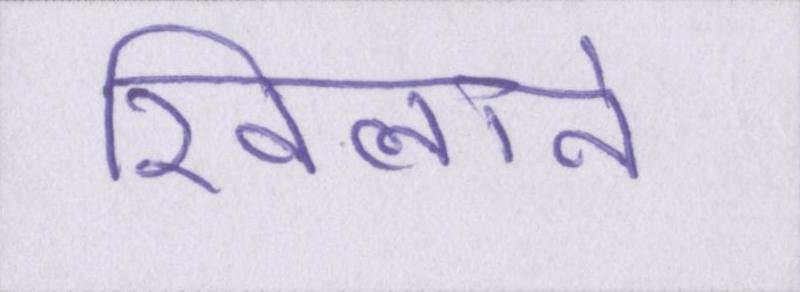
खिलाने